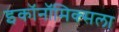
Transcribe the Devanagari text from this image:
इकॉनॉमिक्सला